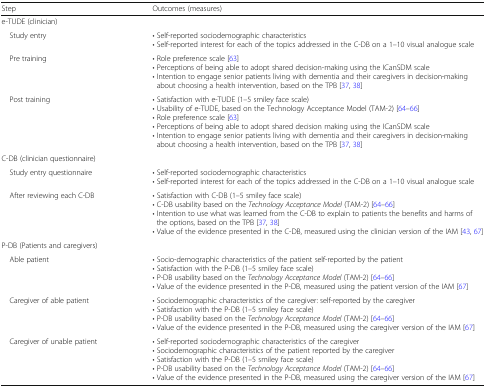
| Step | Outcomes (measures) |
 | --- | --- |
 | <COLSPAN=2> e-TUDE (clinician) |
 | Study entry | • Self-reported sociodemographic characteristics• Self-reported interest for each of the topics addressed in the C-DB on a 1–10 visual analogue scale |
 | Pre training | • Role preference scale [63]• Perceptions of being able to adopt shared decision-making using the ICanSDM scale• Intention to engage senior patients living with dementia and their caregivers in decision-making about choosing a health intervention, based on the TPB [37, 38] |
 | Post training | • Satisfaction with e-TUDE (1–5 smiley face scale)• Usability of e-TUDE, based on the Technology Acceptance Model (TAM-2) [64–66]• Role preference scale [63]• Perceptions of being able to adopt shared decision making using the ICanSDM scale• Intention to engage senior patients living with dementia and their caregivers in decision-making about choosing a health intervention, based on the TPB [37, 38] |
 | <COLSPAN=2> C-DB (clinician questionnaire) |
 | Study entry questionnaire | • Self-reported sociodemographic characteristics• Self-reported interest for each of the topics addressed in the C-DB on a 1–10 visual analogue scale |
 | After reviewing each C-DB | • Satisfaction with C-DB (1–5 smiley face scale)• C-DB usability based on the Technology Acceptance Model (TAM-2) [64–66]• Intention to use what was learned from the C-DB to explain to patients the benefits and harms of the options, based on the TPB [37, 38]• Value of the evidence presented in the C-DB, measured using the clinician version of the IAM [43, 67] |
 | <COLSPAN=2> P-DB (Patients and caregivers) |
 | Able patient | • Socio-demographic characteristics of the patient self-reported by the patient• Satisfaction with the P-DB (1–5 smiley face scale)• P-DB usability based on the Technology Acceptance Model (TAM-2) [64–66]• Value of the evidence presented in the P-DB, measured using the patient version of the IAM [67] |
 | Caregiver of able patient | • Sociodemographic characteristics of the caregiver: self-reported by the caregiver• Satisfaction with the P-DB (1–5 smiley face scale)• P-DB usability based on the Technology Acceptance Model (TAM-2) [64–66]• Value of the evidence presented in the P-DB, measured using the caregiver version of the IAM [67] |
 | Caregiver of unable patient | • Self-reported sociodemographic characteristics of the caregiver• Sociodemographic characteristics of the patient reported by the caregiver• Satisfaction with the P-DB (1–5 smiley face scale)• P-DB usability based on the Technology Acceptance Model (TAM-2) [64–66]• Value of the evidence presented in the P-DB, measured using the caregiver version of the IAM [67] |